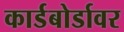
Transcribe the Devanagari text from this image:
कार्डबोर्डावर